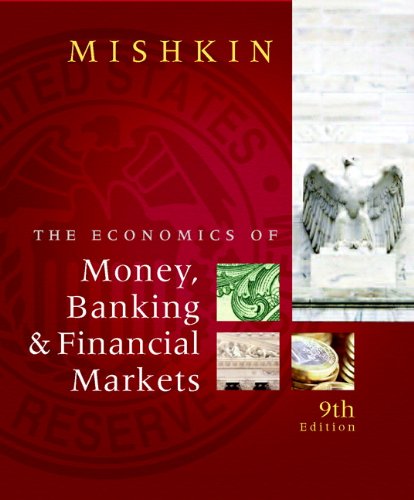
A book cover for The Economics of Money, Banking and Financial Markets (9th Edition); Frederic S. Mishkin; Business & Money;